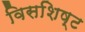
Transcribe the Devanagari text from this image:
विसशिष्ट